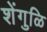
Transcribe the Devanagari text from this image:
शेंगुळि